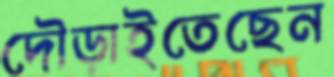
দৌড়াইতেছেন